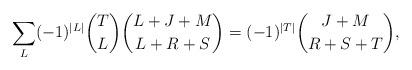
LaTeX: \begin{align*}\sum_L(-1)^{\vert L \vert}{T \choose L}{{L+J+M} \choose{L+R+S}}=(-1)^{\vert T \vert}{{J+M}\choose {R+S+T}},\end{align*}